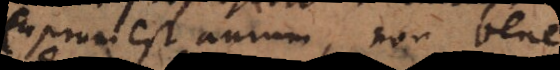
cuprum est aurum, non bene